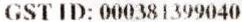
GST ID: 000381399040